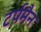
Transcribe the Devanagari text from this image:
टर्पमैन